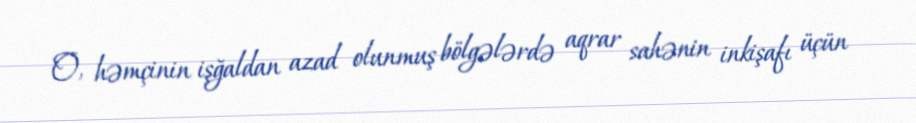
O, həmçinin işğaldan azad olunmuş bölgələrdə aqrar sahənin inkişafı üçün